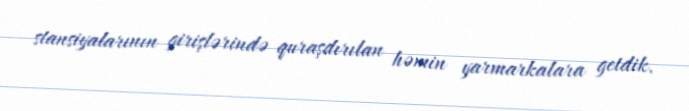
stansiyalarının girişlərində quraşdırılan həmin yarmarkalara getdik.